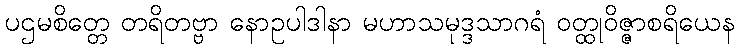
ပဌမစိတ္တေ တရိတဗ္ဗာ နောဥပါဒါနာ မဟာသမုဒ္ဒသာဂရံ ဝတ္ထုဝိဇ္ဇာစရိယေန